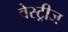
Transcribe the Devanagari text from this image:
वेस्ट्रीज